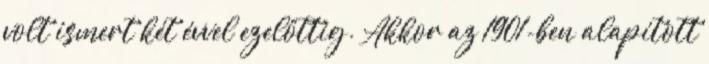
volt ismert két évvel ezelőttig. Akkor az 1901-ben alapított